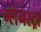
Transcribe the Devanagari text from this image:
ग्लेनस्ट्रा